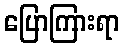
ပြောကြားရာ